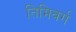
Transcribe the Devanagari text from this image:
तिमिवर्ग